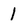
Character: 1